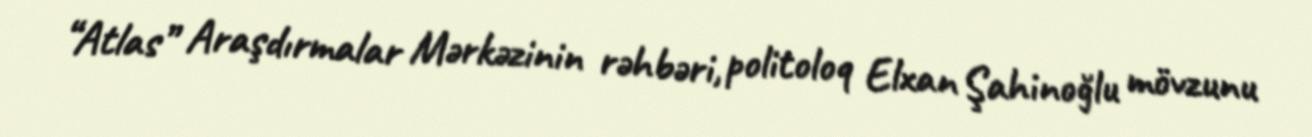
“Atlas” Araşdırmalar Mərkəzinin rəhbəri, politoloq Elxan Şahinoğlu mövzunu